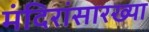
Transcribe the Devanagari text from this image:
मंदिरांसारख्या